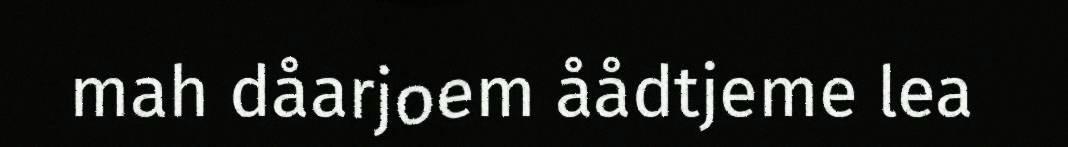
mah dåarjoem åådtjeme lea